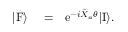
\begin{array} { r l r } { | \mathrm { F } \rangle } & { { } = } & { \mathrm { e } ^ { - i \hat { X } _ { a } \theta } | \mathrm { I } \rangle . } \end{array}